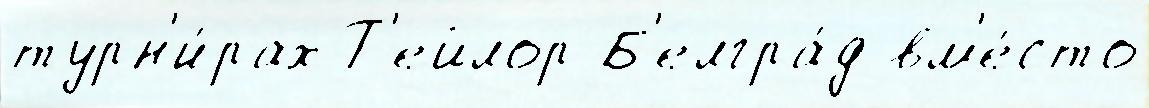
турн'и́рах Т'ейлор Б'елгра́д вм'е́сто